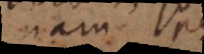
Nam p